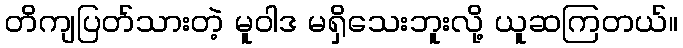
တိကျပြတ်သားတဲ့ မူဝါဒ မရှိသေးဘူးလို့ ယူဆကြတယ်။